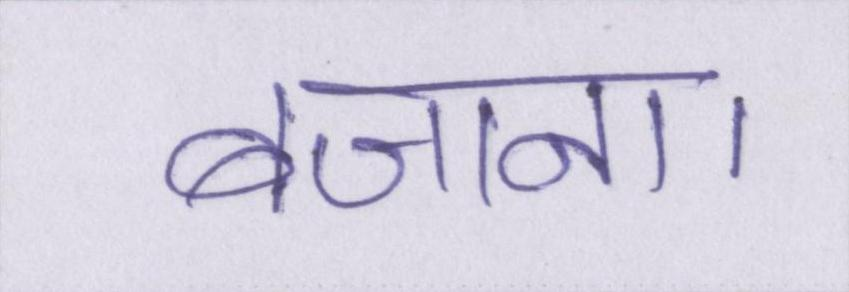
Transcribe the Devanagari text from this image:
बजाना।